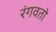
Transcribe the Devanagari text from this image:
रंगवतो